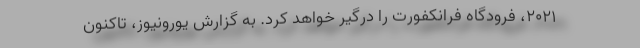
۲۰۲۱، فرودگاه فرانکفورت را درگیر خواهد کرد. به گزارش یورونیوز، تاکنون